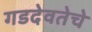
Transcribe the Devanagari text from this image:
गडदेवतेचे